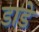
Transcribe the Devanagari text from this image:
डाडे